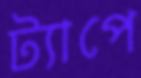
ট্যাপে